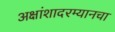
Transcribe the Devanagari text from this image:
अक्षांशादरम्यानचा